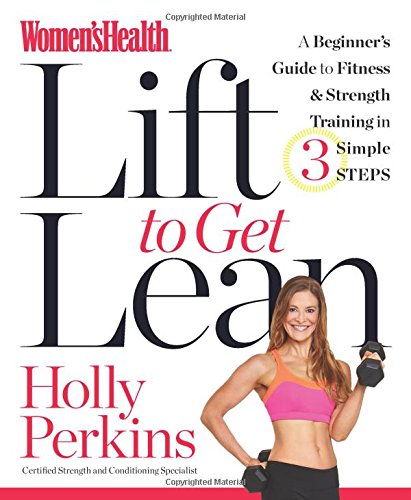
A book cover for Women's Health Lift to Get Lean: A Beginner's Guide to Fitness & Strength Training in 3 Simple Steps; Holly Perkins; Health, Fitness & Dieting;